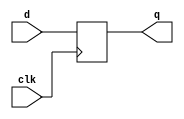
module Dff(

    input clk,
    input d,
    output reg q


);

    always @(posedge clk) begin
      
      q <=d;

    end

endmodule